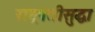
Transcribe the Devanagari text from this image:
राष्ट्रपतीसुद्धा